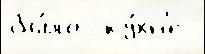
бы́ло  ку́хн'е